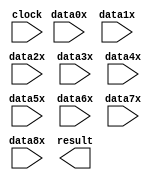
// megafunction wizard: %PARALLEL_ADD%VBB%
// GENERATION: STANDARD
// VERSION: WM1.0
// MODULE: parallel_add 

// ============================================================
// Megafunction Name(s):
// 			parallel_add
//
// Simulation Library Files(s):
// 			altera_mf
// ============================================================
// ************************************************************
// THIS IS A WIZARD-GENERATED FILE. DO NOT EDIT THIS FILE!
//
// 16.1.0 Build 196 10/24/2016 SJ Lite Edition
// ************************************************************

//Copyright (C) 2016  Intel Corporation. All rights reserved.
//Your use of Intel Corporation's design tools, logic functions 
//and other software and tools, and its AMPP partner logic 
//functions, and any output files from any of the foregoing 
//(including device programming or simulation files), and any 
//associated documentation or information are expressly subject 
//to the terms and conditions of the Intel Program License 
//Subscription Agreement, the Intel Quartus Prime License Agreement,
//the Intel MegaCore Function License Agreement, or other 
//applicable license agreement, including, without limitation, 
//that your use is for the sole purpose of programming logic 
//devices manufactured by Intel and sold by Intel or its 
//authorized distributors.  Please refer to the applicable 
//agreement for further details.

module add_mult_7 (
	clock,
	data0x,
	data1x,
	data2x,
	data3x,
	data4x,
	data5x,
	data6x,
	data7x,
	data8x,
	result);

	input	  clock;
	input	[6:0]  data0x;
	input	[6:0]  data1x;
	input	[6:0]  data2x;
	input	[6:0]  data3x;
	input	[6:0]  data4x;
	input	[6:0]  data5x;
	input	[6:0]  data6x;
	input	[6:0]  data7x;
	input	[6:0]  data8x;
	output	[10:0]  result;
`ifndef ALTERA_RESERVED_QIS
// synopsys translate_off
`endif
	tri0	  clock;
`ifndef ALTERA_RESERVED_QIS
// synopsys translate_on
`endif

endmodule

// ============================================================
// CNX file retrieval info
// ============================================================
// Retrieval info: PRIVATE: INTENDED_DEVICE_FAMILY STRING "MAX 10"
// Retrieval info: PRIVATE: SYNTH_WRAPPER_GEN_POSTFIX STRING "0"
// Retrieval info: LIBRARY: altera_mf altera_mf.altera_mf_components.all
// Retrieval info: CONSTANT: MSW_SUBTRACT STRING "NO"
// Retrieval info: CONSTANT: PIPELINE NUMERIC "2"
// Retrieval info: CONSTANT: REPRESENTATION STRING "UNSIGNED"
// Retrieval info: CONSTANT: RESULT_ALIGNMENT STRING "LSB"
// Retrieval info: CONSTANT: SHIFT NUMERIC "0"
// Retrieval info: CONSTANT: SIZE NUMERIC "9"
// Retrieval info: CONSTANT: WIDTH NUMERIC "7"
// Retrieval info: CONSTANT: WIDTHR NUMERIC "11"
// Retrieval info: USED_PORT: clock 0 0 0 0 INPUT GND "clock"
// Retrieval info: USED_PORT: data0x 0 0 7 0 INPUT NODEFVAL "data0x[6..0]"
// Retrieval info: USED_PORT: data1x 0 0 7 0 INPUT NODEFVAL "data1x[6..0]"
// Retrieval info: USED_PORT: data2x 0 0 7 0 INPUT NODEFVAL "data2x[6..0]"
// Retrieval info: USED_PORT: data3x 0 0 7 0 INPUT NODEFVAL "data3x[6..0]"
// Retrieval info: USED_PORT: data4x 0 0 7 0 INPUT NODEFVAL "data4x[6..0]"
// Retrieval info: USED_PORT: data5x 0 0 7 0 INPUT NODEFVAL "data5x[6..0]"
// Retrieval info: USED_PORT: data6x 0 0 7 0 INPUT NODEFVAL "data6x[6..0]"
// Retrieval info: USED_PORT: data7x 0 0 7 0 INPUT NODEFVAL "data7x[6..0]"
// Retrieval info: USED_PORT: data8x 0 0 7 0 INPUT NODEFVAL "data8x[6..0]"
// Retrieval info: USED_PORT: result 0 0 11 0 OUTPUT NODEFVAL "result[10..0]"
// Retrieval info: CONNECT: @clock 0 0 0 0 clock 0 0 0 0
// Retrieval info: CONNECT: @data 0 0 7 0 data0x 0 0 7 0
// Retrieval info: CONNECT: @data 0 0 7 7 data1x 0 0 7 0
// Retrieval info: CONNECT: @data 0 0 7 14 data2x 0 0 7 0
// Retrieval info: CONNECT: @data 0 0 7 21 data3x 0 0 7 0
// Retrieval info: CONNECT: @data 0 0 7 28 data4x 0 0 7 0
// Retrieval info: CONNECT: @data 0 0 7 35 data5x 0 0 7 0
// Retrieval info: CONNECT: @data 0 0 7 42 data6x 0 0 7 0
// Retrieval info: CONNECT: @data 0 0 7 49 data7x 0 0 7 0
// Retrieval info: CONNECT: @data 0 0 7 56 data8x 0 0 7 0
// Retrieval info: CONNECT: result 0 0 11 0 @result 0 0 11 0
// Retrieval info: GEN_FILE: TYPE_NORMAL add_mult_7.v TRUE
// Retrieval info: GEN_FILE: TYPE_NORMAL add_mult_7.inc FALSE
// Retrieval info: GEN_FILE: TYPE_NORMAL add_mult_7.cmp FALSE
// Retrieval info: GEN_FILE: TYPE_NORMAL add_mult_7.bsf FALSE
// Retrieval info: GEN_FILE: TYPE_NORMAL add_mult_7_inst.v FALSE
// Retrieval info: GEN_FILE: TYPE_NORMAL add_mult_7_bb.v TRUE
// Retrieval info: LIB_FILE: altera_mf